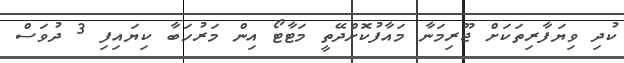
ކުދި ވިޔަފާރިތަކަށް ޖޫރިމަނާ މައާފުކޮށްދޭތީ މަޓާޓޯ އިން މަރުހަބާ ކިޔައިފި 3 ދުވަސް